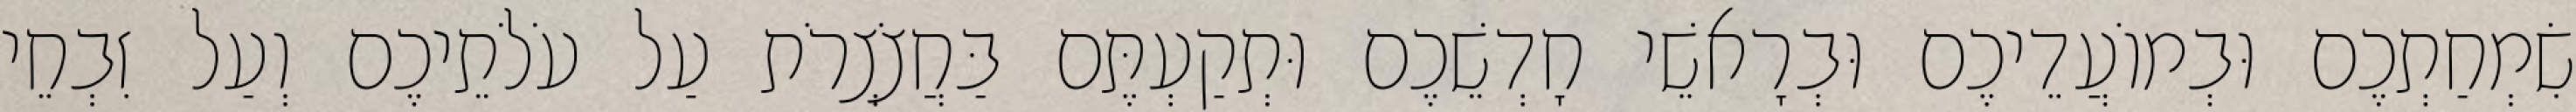
שִׂמְחַתְכֶם וּבְמוֹעֲדֵיכֶם וּבְרָאשֵׁי חָדְשֵׁכֶם וּתְקַעְתֶּם בַּחֲצֹצְרֹת עַל עֹלֹתֵיכֶם וְעַל זִבְחֵי